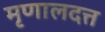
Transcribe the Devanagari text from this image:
मृणालदत्त